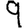
Digit: 9